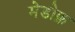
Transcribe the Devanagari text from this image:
मेडोफ़